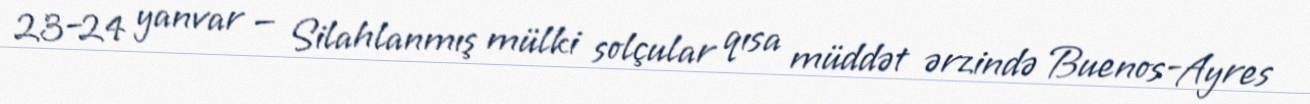
23–24 yanvar — Silahlanmış mülki solçular qısa müddət ərzində Buenos-Ayres